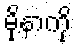
မိုနာကို